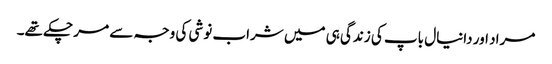
مراد اور دانیال باپ کی زندگی ہی میں شراب نوشی کی وجہ سے مر چکے تھے۔